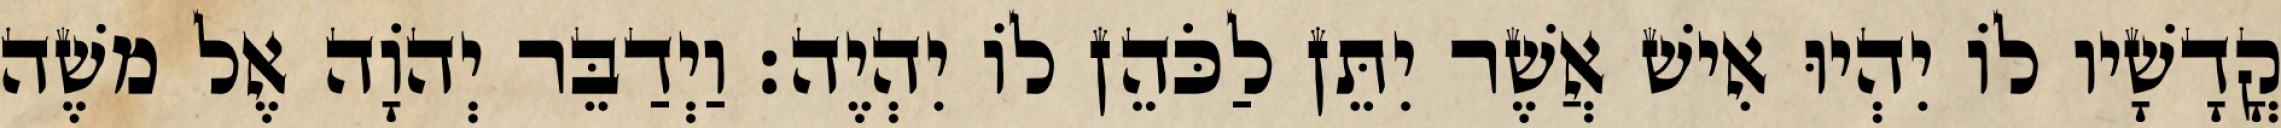
קֳדָשָׁיו לוֹ יִהְיוּ אִישׁ אֲשֶׁר יִתֵּן לַכֹּהֵן לוֹ יִהְיֶה׃ וַיְדַבֵּר יְהוָֹה אֶל משֶׁה